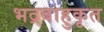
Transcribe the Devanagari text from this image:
भद्रबाहुकृत